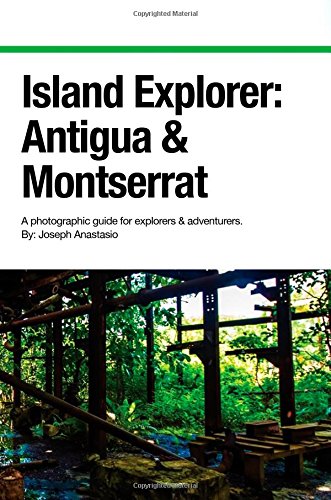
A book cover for Island Explorer: Antigua and Montserrat: A photographic guide for explorers and adventurers. (Volume 2); Joseph Anastasio; Travel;